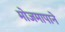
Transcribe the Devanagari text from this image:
मोजमापाने